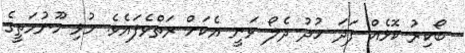
ބޯކިރު ކޮޅެއް ފަދަ ހުދު ދެލޯ ވަނީ އެކަށް ރަތްވެފައެވެ. މުޅި މޫނުމަތީގެ